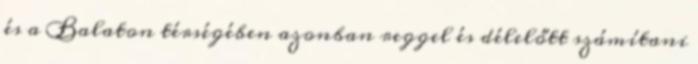
és a Balaton térségében azonban reggel és délelőtt számítani